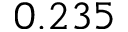
0 . 2 3 5